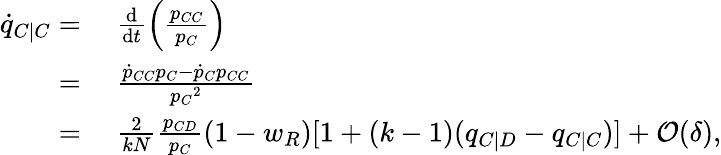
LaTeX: \begin{array}{rl}{\dot{q}_{C|C}=}&{{}~\frac{\mathrm{d}}{\mathrm{d}t}\left(\frac{p_{CC}}{p_{C}}\right)}\\ {=}&{{}~\frac{\dot{p}_{CC}p_{C}-\dot{p}_{C}p_{CC}}{{p_{C}}^{2}}}\\ {=}&{{}~\frac{2}{kN}\frac{p_{CD}}{p_{C}}(1-w_{R})[1+(k-1)(q_{C|D}-q_{C|C})]+\mathcal{O}(\delta),}\end{array}